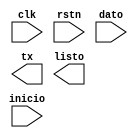
`timescale 1ns / 1ps
//////////////////////////////////////////////////////////////////////////////////
// Company: 
// Engineer: 
// 
// Design Name: 
// Module Name: mod_RX
// Project Name: 
// Target Devices: 
// Tool Versions: 
// Description: 
// 
// Dependencies: 
// 
// Revision:
// Revision 0.01 - File Created
// Additional Comments:
// 
//////////////////////////////////////////////////////////////////////////////////


module transmisor_Tx(
    input wire clk,        //-- Reloj del sistema (12MHz en ICEstick)
    input wire rstn,       //-- Reset global (activo nivel bajo)
    input wire inicio,      //-- Activar a 1 para transmitir
    input wire [7:0] dato, //-- Byte a transmitir
    output reg tx,         //-- Salida de datos serie (hacia el PC)
    output wire listo      //-- Transmisor listo / ocupado

    );
endmodule